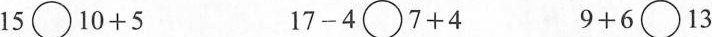
$$1 5 \circ 1 0 + 5$$ $$1 7 - 4 \circ 7 + 4$$ $$9 + 6 \circ 1 3$$